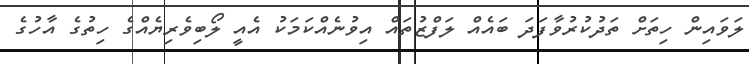
ލަވައިން ހިތަށް ތަދުކުރުވާފަދަ ބައެއް ލަފްޒުތައް އިވުނެއްކަމަކު އެއީ ލޯބިވެރިޔެއްގެ ހިތުގެ އާހުގެ